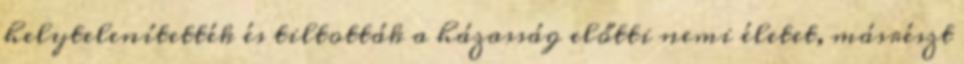
helytelenítették és tiltották a házasság előtti nemi életet, másrészt